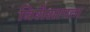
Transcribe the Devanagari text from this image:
विशेशागता